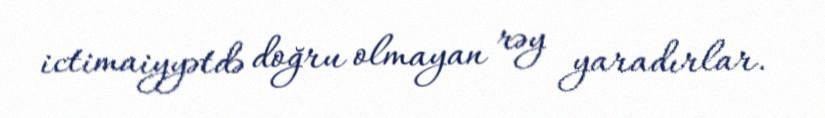
ictimaiyyətdə doğru olmayan rəy yaradırlar.